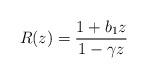
LaTeX: \begin{align*} R(z) = \frac{1 + b_1 z}{1- \gamma z}\end{align*}